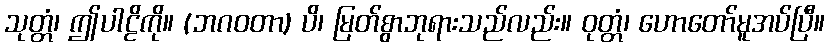
သုတ္တံ၊ ဤပါဠိကို။ (ဘဂဝတာ) ပိ၊ မြတ်စွာဘုရားသည်လည်း။ ဝုတ္တံ၊ ဟောတော်မူအပ်ပြီ။